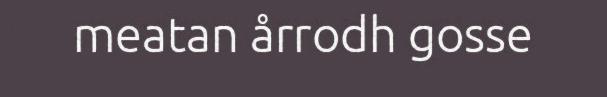
meatan årrodh gosse